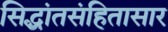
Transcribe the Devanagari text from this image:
सिद्धांतसंहितासार